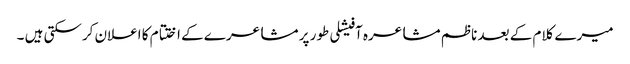
میرے کلام کے بعد ناظم مشاعرہ آفیشلی طور پر مشاعرے کے اختتام کا اعلان کرسکتی ہیں ۔